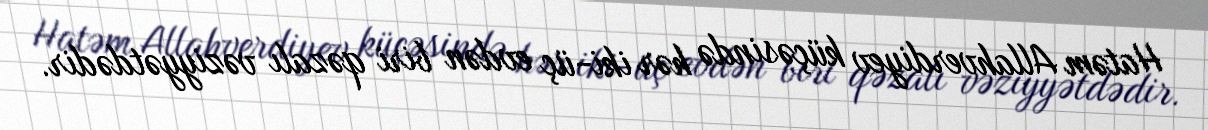
Hatəm Allahverdiyev küçəsində hər iki-üç evdən biri qəzalı vəziyyətdədir.